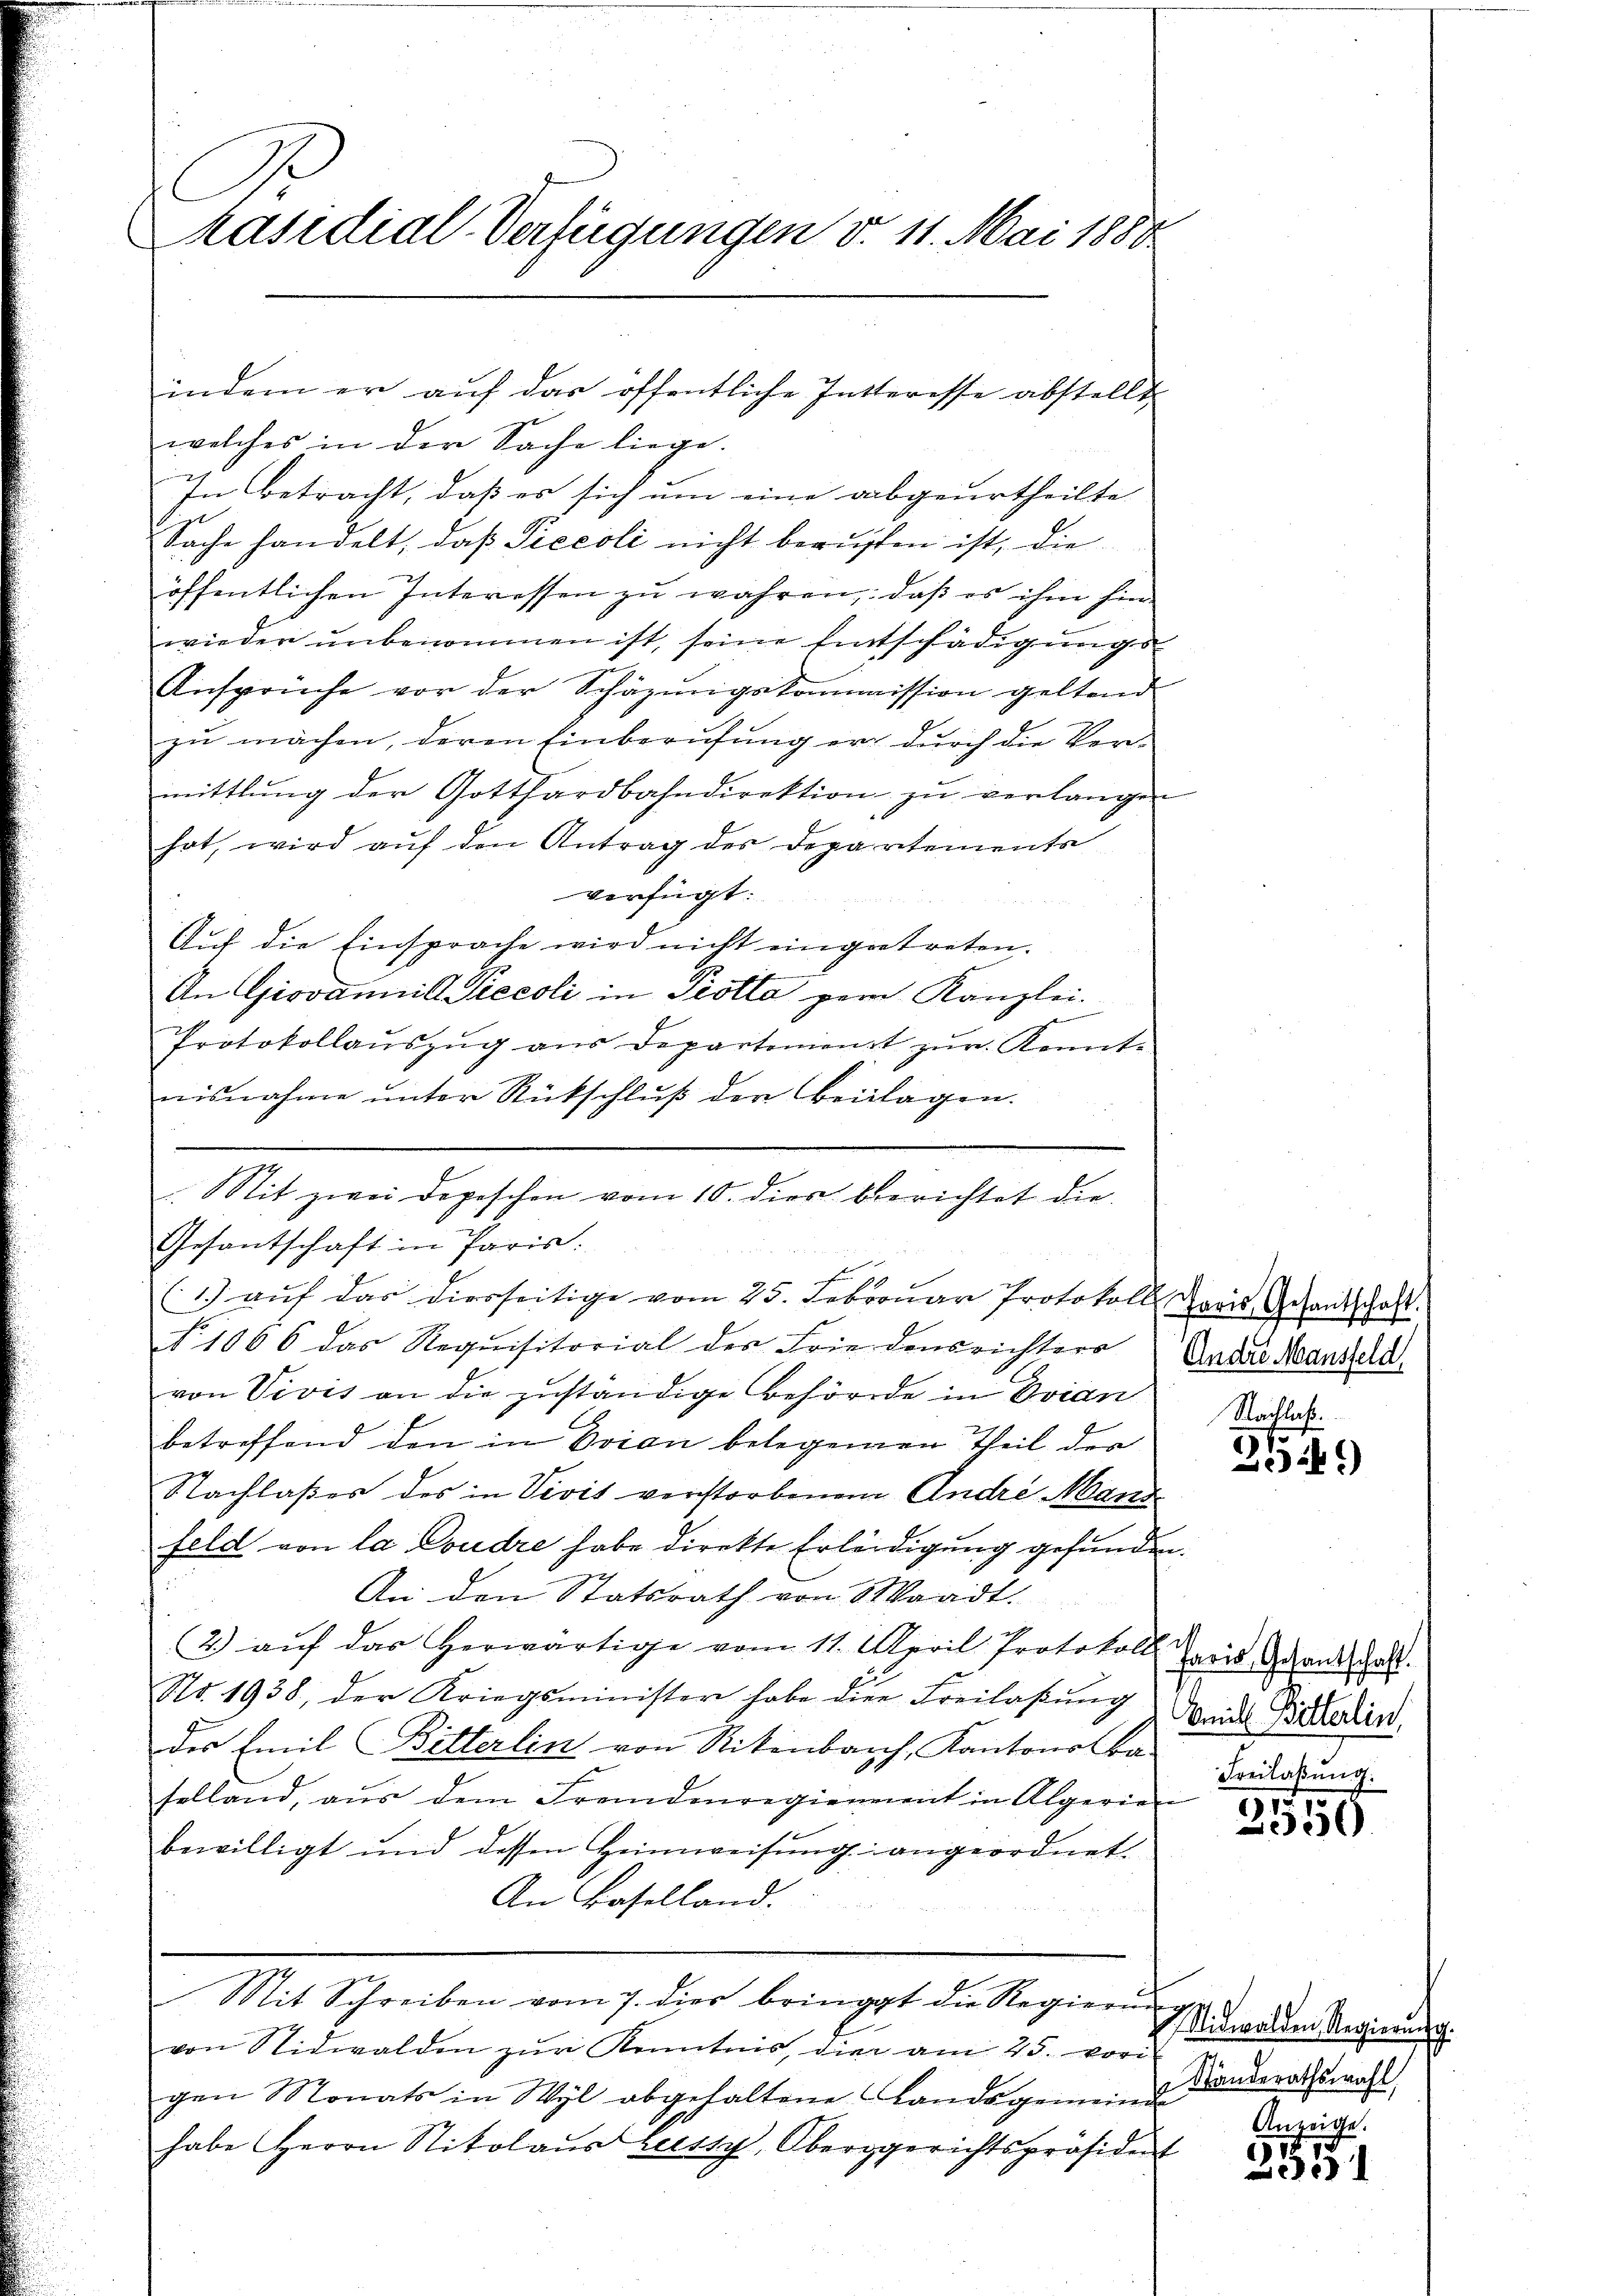
welches in der Sache liege.
In betracht, daß es sich um eine abgeurtheilte
Sache handelt, daß Piecoli nicht berufen ist, die
öffentlichen Interessen zu wahren, daß es ihm finwieder unbenommen ist, seine Entschädigungs¬
Ansprüche vor der Schäzungskommission geltend
zu machen, deren Einberufung er durch die Vermittlung der Gotthardbahndirektion zŭ verlangen
hat, wird aŭf den Antrag des Departements
verfügt:
Auf die Einsprache wird nicht eingetreten.
An Giovanill Precoli in Piotta per Kanzlei-
Protokollaŭszŭg aŭs Departonienst zŭr Konnt-
nisnahme unter Rückschlŭβ der Beilagen.
Sit zwei Depeschen vom 10. dies berichtet die
Gesantschaft in Paris.
(1) aŭf das diesseitige vom 25. Februar Protokoll Kreis Gesandtschaft
N 1066 das Requisitorial des Friedensrichters
von Vivis an die zuständige Behörde in Evian
E
betreffend den in Orien belegenen Theil der
Nachlaßes des in Vivis verstorbenem Andre Mand
feld von la Coudre habe direkte Erleidigung gefunden.
An den Statsrath von Waadt.
2. aŭf das herwärtige vom 11. April Protokoll reis Grandat.
No. 1938, der Kriegsminister habe die Freilassŭng und Pichlerien,
des Emil Bitterlin von Rikenbach, Kantons Ba
folland, aŭs dem Fremdenregienment in Algerie-
bewilligt und dessen Heimweisung angeordnet.
An Baselland.
Mit Schreiben vom 7. dies bringt die Regierung
von Nidwalden zŭr Kenntnis, die am 25. vori
gen Monats in Wyl abgehaltene Landsgemeinde
habe Herrn Nikolaŭs Lessy, Obergerichtspräsident

Präsidial-Verfügungen v. 11. Mai 1888.

indem er auf das öffentliche Intteresse abstellt

Andre Mansfeld
Nachlaß.

2549)

Freilassung.

3550

Nidwalden Regierun
Standerathswahl

Anzeiche
25